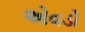
એવડો